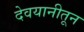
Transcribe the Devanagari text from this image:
देवयानीतून